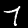
Digit: 7